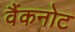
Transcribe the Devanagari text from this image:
वैंकनोट